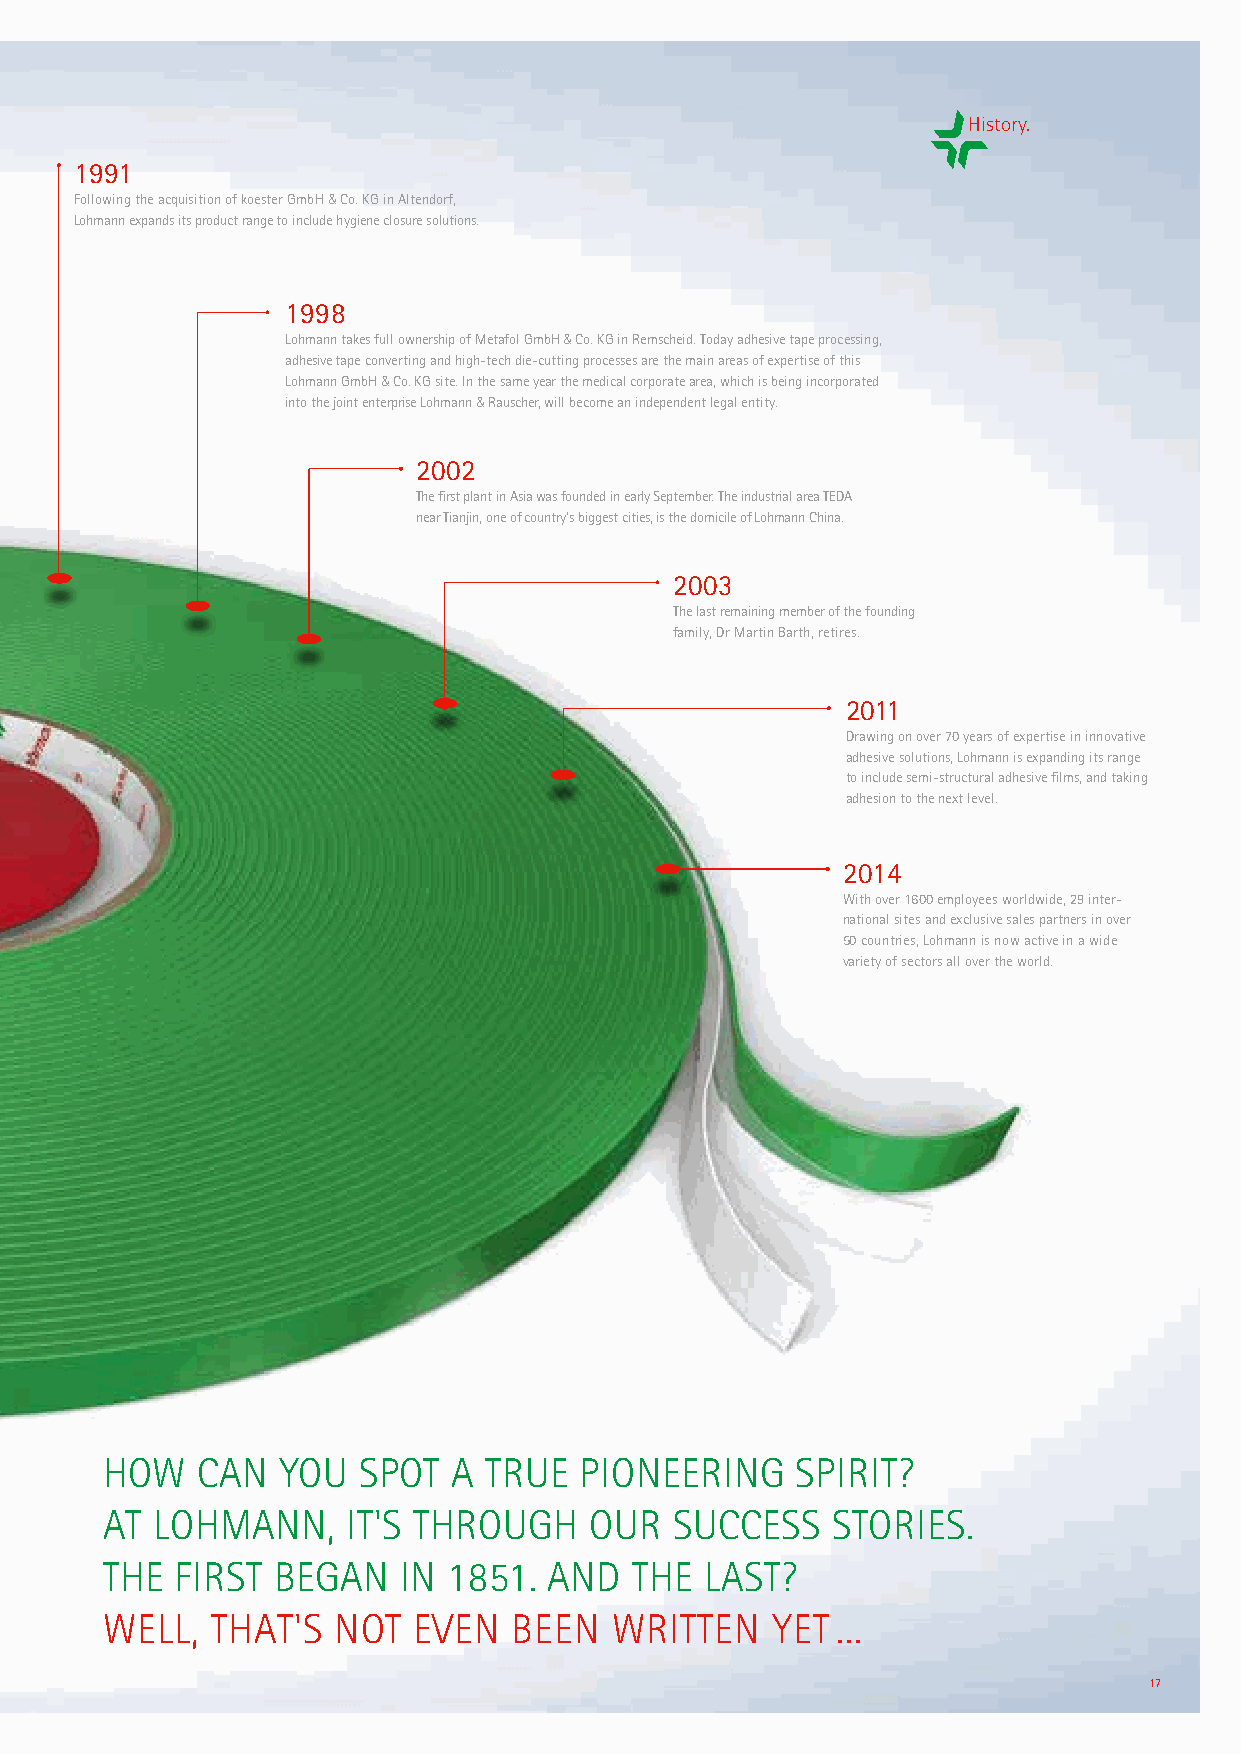
History.
 1991
 Following the acquisition of koester GmbH & Co. KG in Altendorf,
 Lohmann expands its product range to include hygiene closure solutions.
 1998
 Lohmann takes full ownership of Metafol GmbH & Co. KG in Remscheid. Today adhesive tape processing,
 adhesive tape converting and high-tech die-cutting processes are the main areas of expertise of this
 Lohmann GmbH & Co. KG site. In the same year the medical corporate area, which is being incorporated
 into the joint enterprise Lohmann & Rauscher, will become an independent legal entity.
 2002
 The first plant in Asia was founded in early September. The industrial area TEDA
 near Tianjin, one of country's biggest cities, is the domicile of Lohmann China.
 2003
 The last remaining member of the founding
 family, Dr Martin Barth, retires.
 2011
 Drawing on over 70 years of expertise in innovative
 adhesive solutions, Lohmann is expanding its range
 to include semi-structural adhesive films, and taking
 adhesion to the next level.
 2014
 With over 1600 employees worldwide, 29 inter-
 national sites and exclusive sales partners in over
 50 countries, Lohmann is now active in a wide
 variety of sectors all over the world.
 HOW   CAN   YOU  SPOT  A TRUE  PIONEERING     SPIRIT?
 AT LOHMANN,     IT'S THROUGH    OUR   SUCCESS   STORIES.
 THE  FIRST BEGAN    IN 1851. AND   THE  LAST?
 WELL,  THAT'S  NOT  EVEN   BEEN  WRITTEN    YET ...
 17